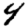
Digit: 4